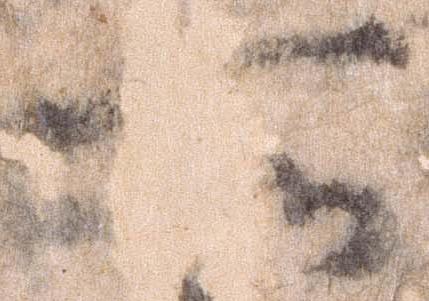
所